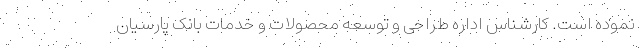
نموده است. کارشناس اداره طراحی و توسعه محصولات و خدمات بانک پارسیان